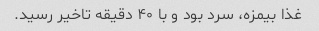
غذا بیمزه، سرد بود و با ۴۰ دقیقه تاخیر رسید.